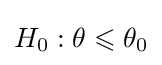
H_{0}:\theta \leqslant \theta _{0}